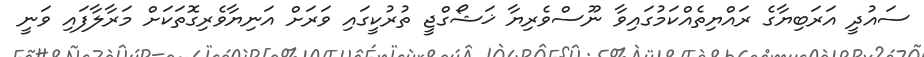
ސައުދީ އަރަބިޔާގެ ރައްޔިތެއްކަމުގައިވާ ނޫސްވެރިޔާ ޚަޝޯގްޖީ ތުރުކީގައި ވަރަށް އަނިޔާވެރިގޮތަކަށް މަރާލާފައި ވަނީ